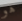
هو